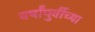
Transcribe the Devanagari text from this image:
वर्षांपुर्वीच्या